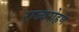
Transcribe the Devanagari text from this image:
राज्यरोहण